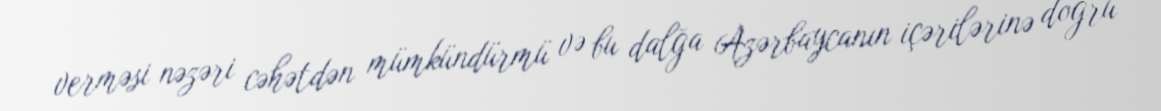
verməsi nəzəri cəhətdən mümkündürmü və bu dalğa Azərbaycanın içərilərinə doğru